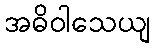
အဓိဝါသေယျ